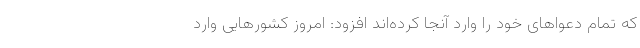
که تمام دعواهای خود را وارد آنجا کرده‌اند افزود: امروز کشورهایی وارد